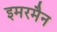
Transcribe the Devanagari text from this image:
इमरमैन